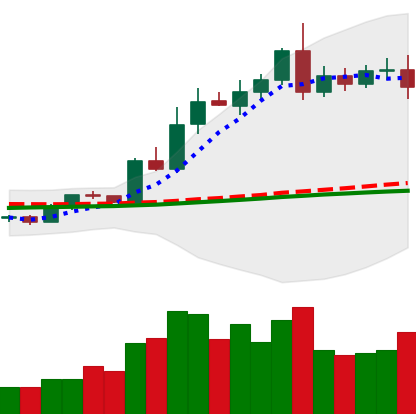
Ticker: LTC-USD
Chart end date: 2020-08-07
Forward return: -3.977%
Label: down_3_5